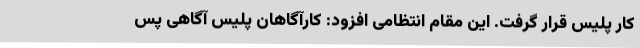
کار پلیس قرار گرفت. این مقام انتظامی افزود: کارآگاهان پلیس آگاهی پس